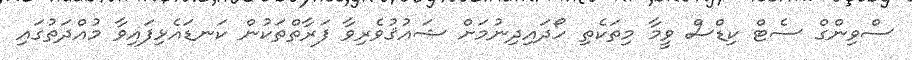
ސްވިންގް ސެޓް ކިޑްސް ވީމާ މިތަކެތި ހޯދައިދިނުމަށް ޝައުޤުވެރިވާ ފަރާތްތަކުން ކަނޑައެޅިފައިވާ މުއްދަތުގައި